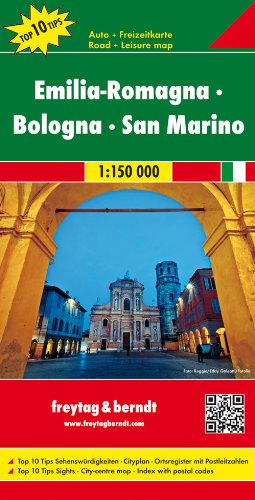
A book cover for Emilia- Romagna- Bologna - San Marino 1 : 150 000 (Italy Regional Map) (English, French, Italian and German Edition); Freytag & Berndt; Travel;